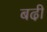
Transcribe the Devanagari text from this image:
बढी़